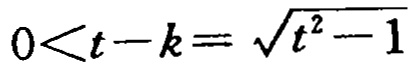
\(0<t - k=\sqrt{t^{2}-1}\)